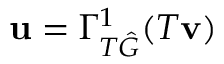
\mathbf { u } = \Gamma _ { T \hat { G } } ^ { 1 } ( T \mathbf { v } )